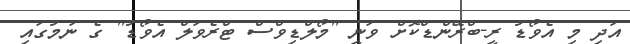
އަދި މި އެވޯޑު ރީ-ބްރޭންޑްކޮށް ވަނީ "މޯލްޑިވްސް ޓްރެވަލް އެވޯޑު" ގެ ނަމުގައި